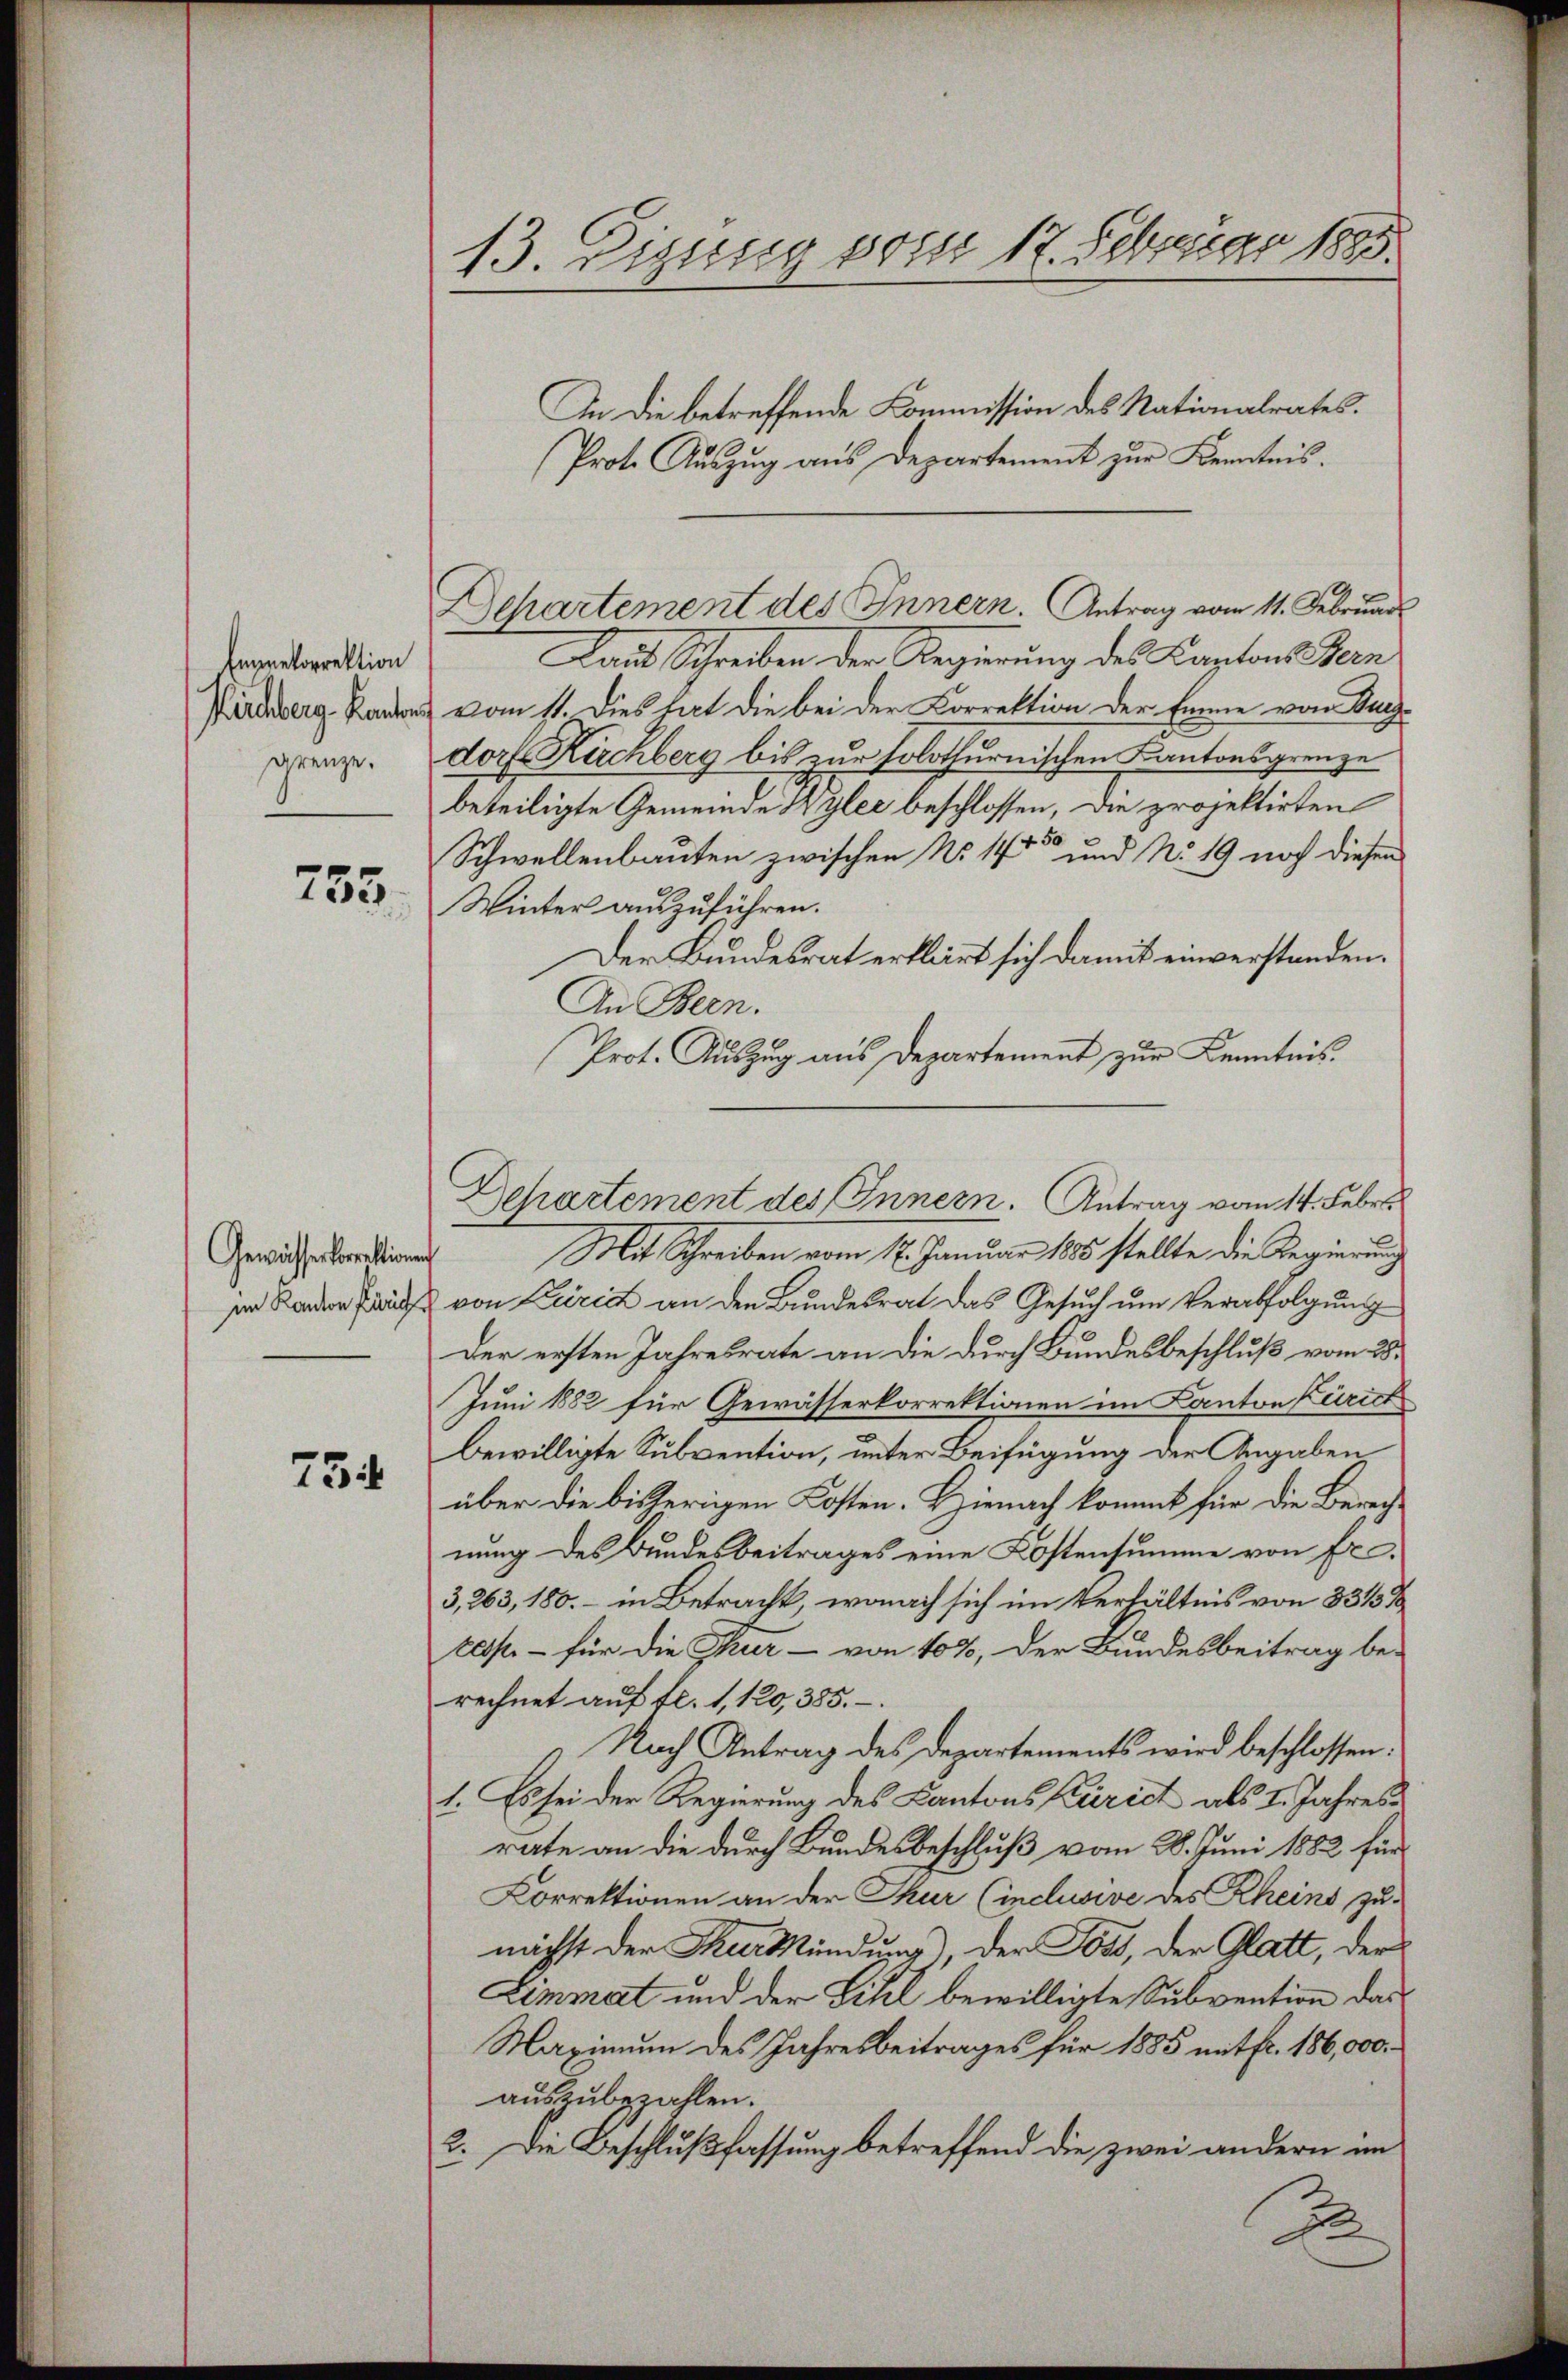
Ennretorrektion
grenze.

753.

Gewässerkorrektionen
im Kanton Prüf

731

13. Dezung vom 17. Februar 1885.

In die betreffende Kommission des Nationalrates.
Prote Aŭszŭg ans Departement zur Kenntnis.
Laut Schreiben der Regierung des Kantons Bern
Pirdberg kann vom 11. Dies hat die bei der Correktion der Emme von Buch-
dorf Kuchberg bis zur solothurnischen Kantonsgrenze
beteiligte Gemeinde Wylee beschlossen, die projektirten
Schwellenbauten zwischen No 14ten und No. 19 noch diesen
Winter auszuführen.
Der Bundesrat erklärt sich damit einverstanden.
An Bern.
Prot. Auszug aus Departement zur Kenntnis
Mit Schreiben vom 17. Januar 185 stellte die Regierung
von Zürich an den Bundesrat das Gesuch um Verabfolgung
Der ersten Jahresrate an die durch Bundesbeschluß vom 28.
Juni 1882 für Gewässerkorrektionen im Kanton Zürich
bewilligte Subvention, unter Beifügung der Angaben
über die bisherigen Kosten. Hienach kommt für die Berechnung des Bundesbeitrages eine Kostensumme von Fr.
3,263, 180. – in Betracht, wonach sich im Verhältnis von 33137
test - für die Thur - von 10%, der Bundesbeitrag be-
rechnet auf fl. 1, 120, 385.
Nach Antrag des Departements wird beschlossen:
1. Es sei der Regierung des Cantons Zürich als 1. Jahresrate an die durch Bundesbeschluß vom 28. Juni 1882 für
Korrektionen an der Thur (inclusive des Rheins zunächst der Kurkündung), der Joss, der Glatt, der
Limmat und der Sihl bewilligte Subvention das
Maximum des Jahresbeitrages für 1885 mit fr. 186,000.
auszubezahlen.
3. Die Beschlußfassung betreffend die zwei andern im
2

Departement des Innern. Antrag vom 11. Februar

Departement des Innern. Antrag vom 14. Febr.